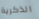
الذكرية